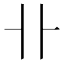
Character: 卝